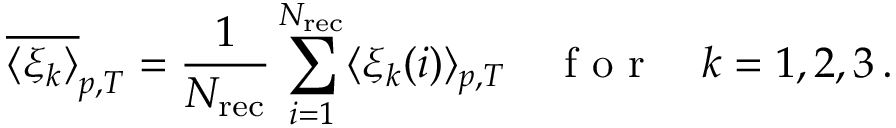
\overline { { \langle \xi _ { k } \rangle } } _ { p , T } = \frac { 1 } { N _ { \mathrm { r e c } } } \sum _ { i = 1 } ^ { N _ { \mathrm { r e c } } } \langle \xi _ { k } ( i ) \rangle _ { p , T } \quad \mathrm { ~ f ~ o ~ r ~ } \quad k = 1 , 2 , 3 \, .